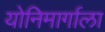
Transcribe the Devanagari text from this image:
योनिमार्गाला